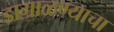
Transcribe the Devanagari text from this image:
डागाळण्याचा